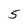
Character: 5